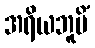
အရိယဘူမိံ